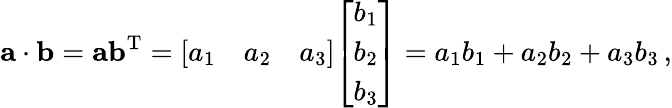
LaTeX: \mathbf{a}\cdot\mathbf{b}=\mathbf{a}\mathbf{b}^{\mathrm{T}}={\left[\begin{array}{lll}{a_{1}}&{a_{2}}&{a_{3}}\end{array}\right]}{\left[\begin{array}{l}{b_{1}}\\ {b_{2}}\\ {b_{3}}\end{array}\right]}=a_{1}b_{1}+a_{2}b_{2}+a_{3}b_{3}\, ,